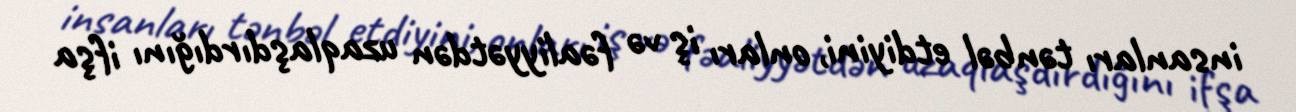
insanları tənbəl etdiyini, onları iş və fəaliyyətdən uzaqlaşdırdığını ifşa